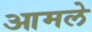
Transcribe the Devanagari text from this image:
आमले